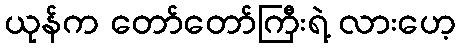
ယုန်က တော်တော်ကြီးရဲ့ လားဟေ့